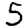
Digit: 5